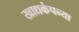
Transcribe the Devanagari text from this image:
खाद्यकंपन्या